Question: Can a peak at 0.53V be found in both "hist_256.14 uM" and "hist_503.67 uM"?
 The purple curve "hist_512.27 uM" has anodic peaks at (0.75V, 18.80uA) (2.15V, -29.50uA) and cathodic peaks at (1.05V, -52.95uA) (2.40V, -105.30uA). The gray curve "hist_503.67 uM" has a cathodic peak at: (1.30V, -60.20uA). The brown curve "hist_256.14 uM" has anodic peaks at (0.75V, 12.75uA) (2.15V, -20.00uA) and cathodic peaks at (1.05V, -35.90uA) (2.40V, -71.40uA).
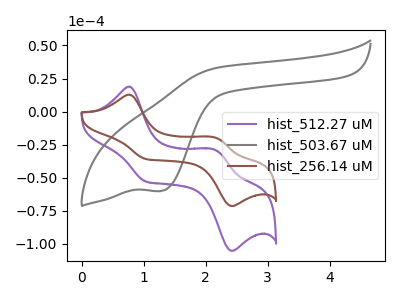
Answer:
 <answer>No, "hist_256.14 uM" and "hist_503.67 uM" dont share a peak at 0.53V.</answer>
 <eval>mismatch</eval>